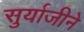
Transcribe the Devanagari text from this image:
सुर्याजीने